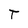
Character: T